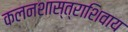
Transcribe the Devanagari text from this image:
कलनशास्त्राशिवाय